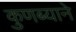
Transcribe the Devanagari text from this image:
कुणब्याने